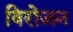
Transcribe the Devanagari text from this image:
विरोजन